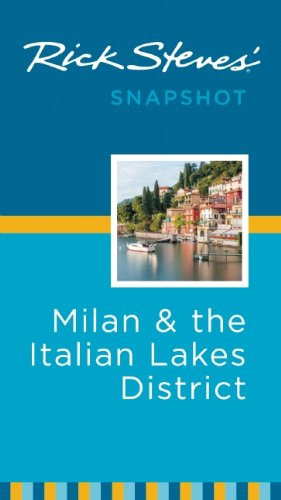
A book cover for Rick Steves' Snapshot Milan & the Italian Lakes District; Rick Steves; Travel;